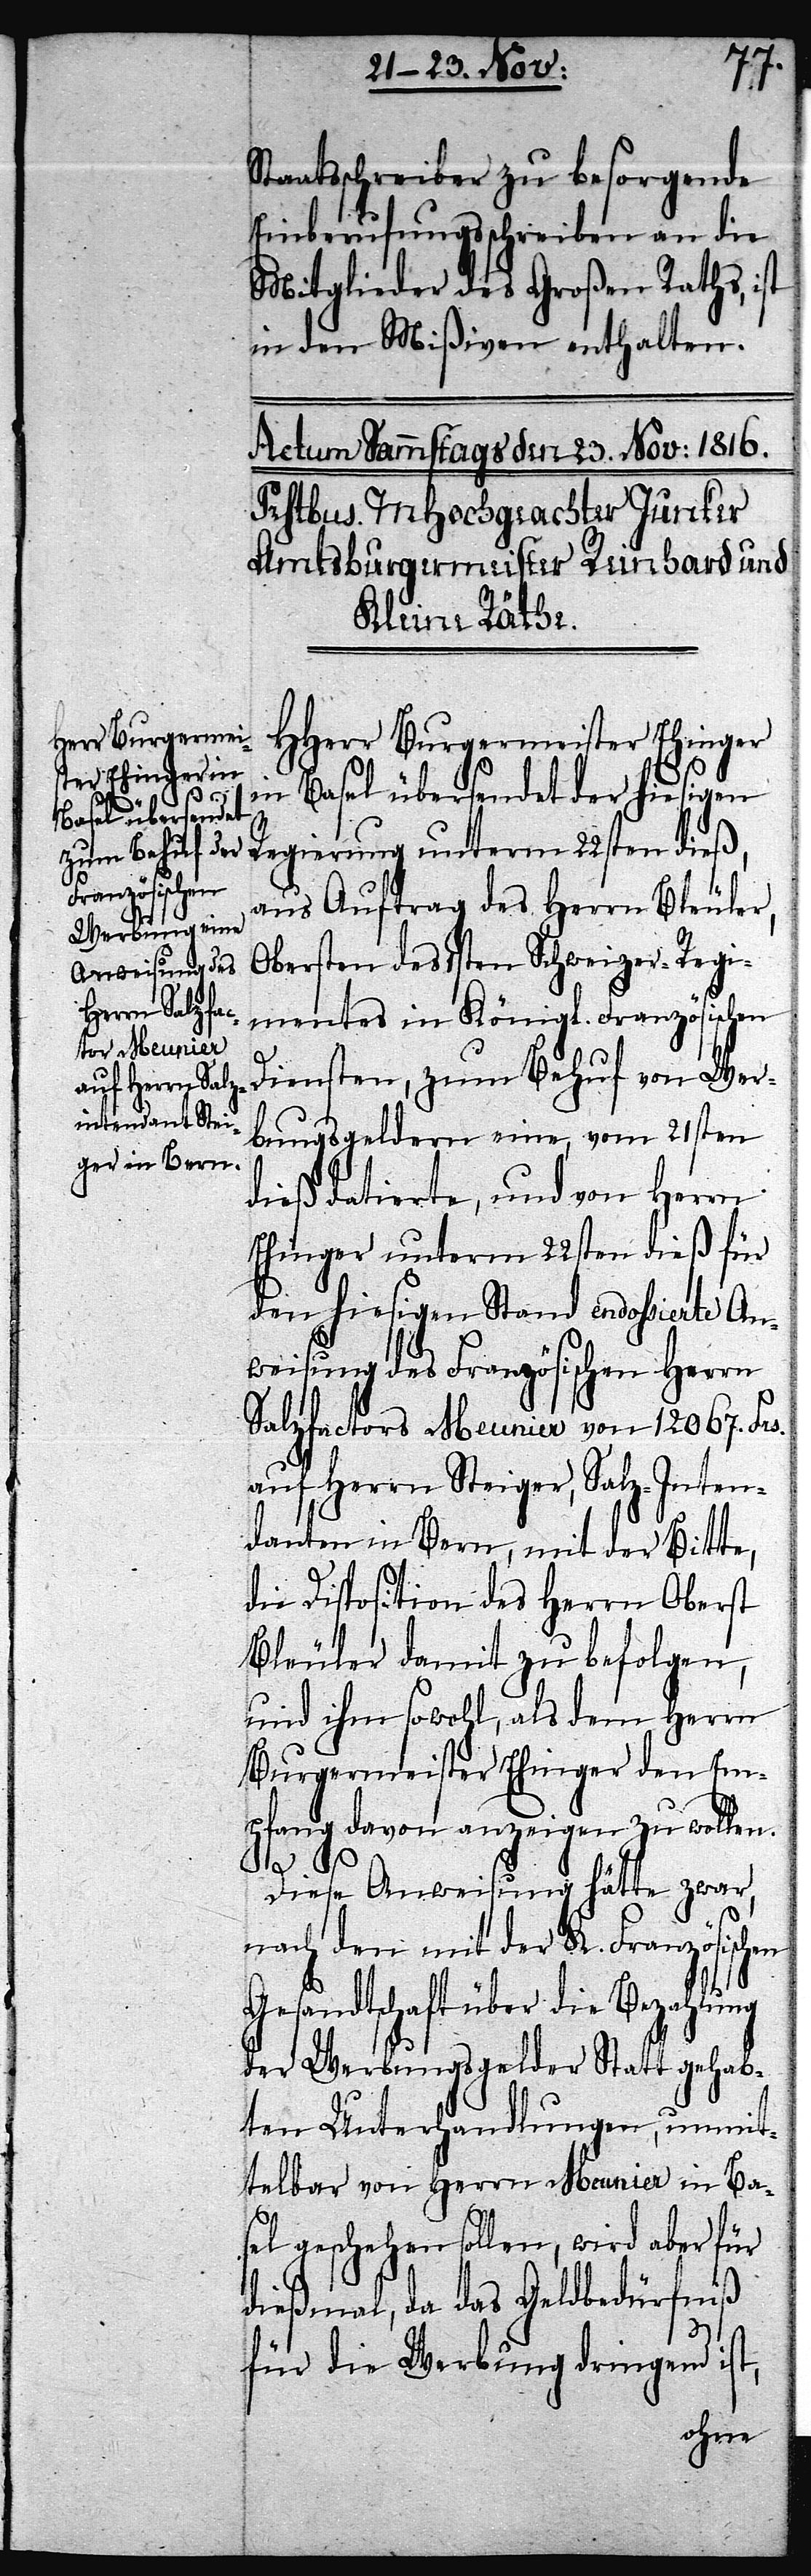
Staatsschreiber zu besorgende
Einberufungsschreiben an die
Mitglieder des Großen Raths, ist
in den Mißiven enthalten.
HHerr Burgermeister Ehinger
in Basel übersendet der hiesigen
Regierung unterm 22ten dieß,
aus Auftrag des Herrn Bleuler,
Obersten des 1sten Schweizer-Regi¬
mentes in Königl. Französischen
Diensten, zum Behuf von Wer¬
bungsgeldern eine, vom 21sten
dieß datierte, und von Herrn
Ehinger unterm 22sten dieß für
den hiesigen Stand endossierte An¬
weisung des Französischen Herrn
Salzfactors Meunier von 12067. Frs.
auf Herrn Steiger, Salz-Inten¬
danten in Bern, mit der Bitte,
die Disposition des Herrn Oberst
Bleuler damit zu befolgen,
und ihm sowohl als dem Herrn
Burgermeister Ehinger den Em¬
pfang davon anzeigen zu wollen.
Diese Anweisung hätte zwar,
nach den mit der K. Französischen
Gesandtschaft über die Bezahlung
der Werbungsgelder Statt gehab¬
ten Unterhandlungen, unmit¬
telbar von Herrn Meunier in Ba¬
sel geschehen sollen, wird aber für
dießmal, da das Geldbedürfniß
für die Werbung dringend ist,